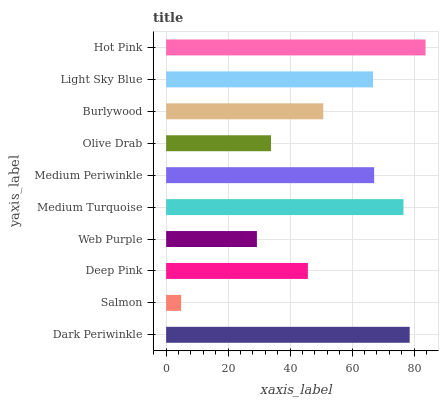
| yaxis_label | bars |
 | --- | --- |
 | Dark Periwinkle | 78.6 |
 | Salmon | 4.82 |
 | Deep Pink | 45.7 |
 | Web Purple | 29.3 |
 | Medium Turquoise | 76.6 |
 | Medium Periwinkle | 67.1 |
 | Olive Drab | 33.8 |
 | Burlywood | 50.7 |
 | Light Sky Blue | 66.7 |
 | Hot Pink | 83.7 |